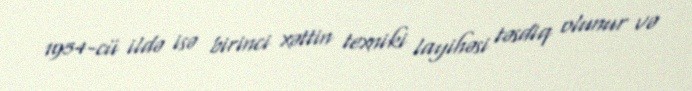
1954-cü ildə isə birinci xəttin texniki layihəsi təsdiq olunur və